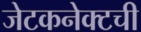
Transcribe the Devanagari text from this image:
जेटकनेक्टची